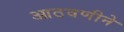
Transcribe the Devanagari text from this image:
आठवणीने